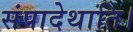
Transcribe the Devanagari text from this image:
संपादेथाति।